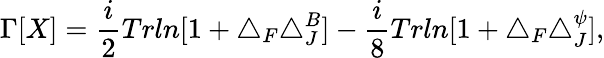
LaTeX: \Gamma[X]=\frac{i}{2}Trln[1+\triangle_{F}\triangle_{J}^{B}]-\frac{i}{8}Trln[1+\triangle_{F}\triangle_{J}^{\psi}],